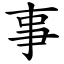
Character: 事